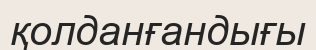
қолданғандығы